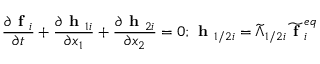
\frac { \partial \textbf { f } _ { i } } { \partial t } + \frac { \partial \textbf { h } _ { 1 i } } { \partial x _ { 1 } } + \frac { \partial \textbf { h } _ { 2 i } } { \partial x _ { 2 } } = 0 ; \textbf { h } _ { 1 / 2 i } = \widetilde { \Lambda } _ { 1 / 2 i } \widetilde { \textbf { f } } _ { i } ^ { e q }